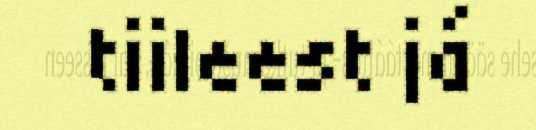
tiileest já